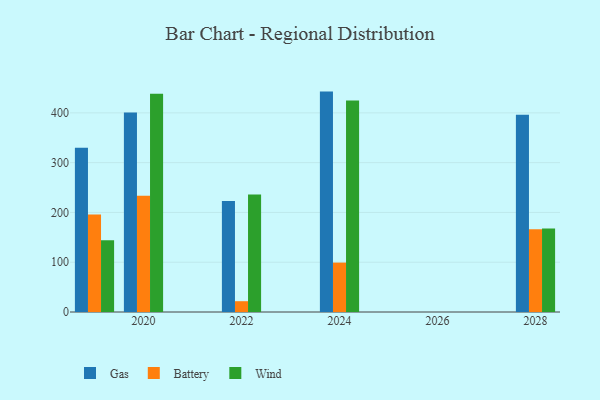
{"axis": {"x": "Year", "y": "Website Visitors"}, "legend": ["Battery", "Gas", "Wind"], "data": [{"x": "2022", "y": 222.9, "type": "Gas"}, {"x": "2022", "y": 21.7, "type": "Battery"}, {"x": "2022", "y": 236.2, "type": "Wind"}, {"x": "2020", "y": 400.7, "type": "Gas"}, {"x": "2020", "y": 233.4, "type": "Battery"}, {"x": "2020", "y": 438.5, "type": "Wind"}, {"x": "2028", "y": 396.4, "type": "Gas"}, {"x": "2028", "y": 166.0, "type": "Battery"}, {"x": "2028", "y": 167.5, "type": "Wind"}, {"x": "2019", "y": 329.9, "type": "Gas"}, {"x": "2019", "y": 195.9, "type": "Battery"}, {"x": "2019", "y": 144.1, "type": "Wind"}, {"x": "2024", "y": 442.7, "type": "Gas"}, {"x": "2024", "y": 99.2, "type": "Battery"}, {"x": "2024", "y": 424.8, "type": "Wind"}]}